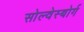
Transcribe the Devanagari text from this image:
सोल्वेस्बोर्ग